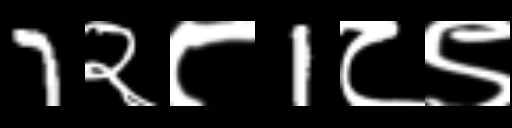
Text: 7२८1८९